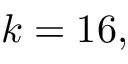
k = 1 6 ,